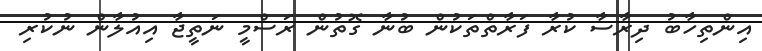
އިންތިހާބު ދިރާސާ ކުރާ ފަރާތްތަކުން ބުނާ ގޮތުން ރަސްމީ ނަތީޖާ އިއުލާން ނުކުރި